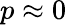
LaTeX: p\approx 0